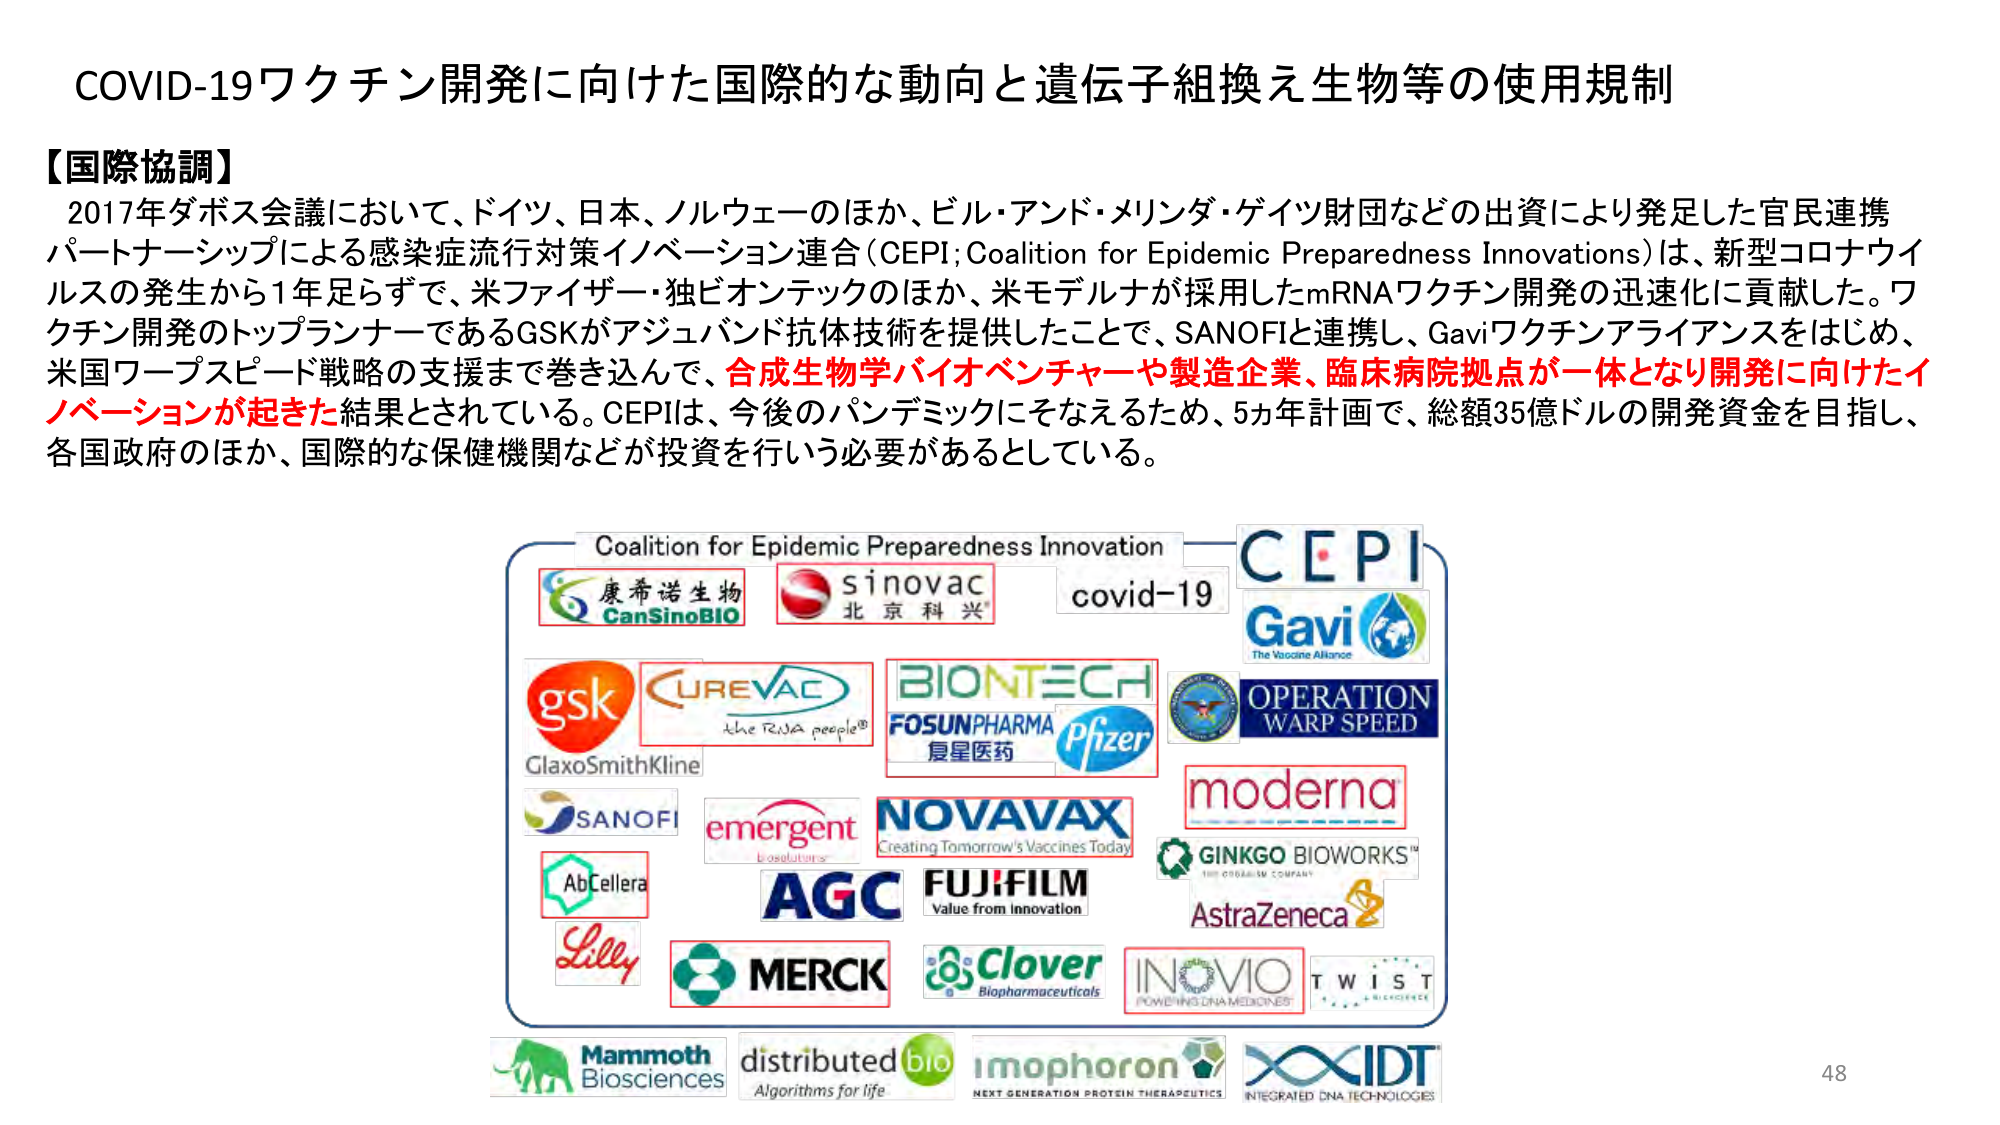
COVID-19ワクチン開発に向けた国際的な動向と遺伝子組換え生物等の使用規制

【国際協調】
2017年ダボス会議において、ドイツ、日本、ノルウェーのほか、ビル・アンド・メリンダ・ゲイツ財団などの出資により発足した官民連携パートナーシップによる感染症流行対策イノベーション連合（CEPI; Coalition for Epidemic Preparedness Innovations）は、新型コロナウイルスの発生から1年足らずで、米ファイザー・独ビオンテックのほか、米モデルナが採用したmRNAワクチン開発の迅速化に貢献した。ワクチン開発のトップランナーであるGSKがアジュバンド抗体技術を提供したことで、SANOFIと連携し、Gaviワクチンアライアンスをはじめ、米国ワープスピード戦略の支援まで巻き込んで、合成生物学バイオベンチャーや製造企業、臨床病院拠点が一体となり開発に向けたイノベーションが起きた結果とされている。CEPIは、今後のパンデミックにそなえるため、5カ年計画で、総額35億ドルの開発資金を目指し、各国政府のほか、国際的な保健機関などが投資を行う必要があるとしている。

Coalition for Epidemic Preparedness Innovation
CEPI
Gavi
The Vaccine Alliance
covid-19
康希诺生物
CanSinoBIO
sinovac
北京科兴
gsk
GlaxoSmithKline
CUREVAC
the RNA people®
BIONTECH
FOSUNPHARMA
复星医药
Pfizer
OPERATION
WARP SPEED
SANOFI
emergent
biosolutions
NOVAVAX
Creating Tomorrow's Vaccines Today
moderna
GINKGO BIOWORKS™
THE ORGANISM COMPANY
AbCellera
AGC
FUJIFILM
Value from Innovation
AstraZeneca
Lilly
MERCK
Clover
Biopharmaceuticals
INOVIO
POWERING DNA MEDICINES™
TWIST
BIO-SCIENCE
Mammoth
Biosciences
distributed
bio
Algorithms for life
imophoron
NEXT GENERATION PROTEIN THERAPEUTICS
IDT
INTEGRATED DNA TECHNOLOGIES
48